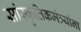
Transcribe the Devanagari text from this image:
सांस्कृतिकमंत्र्यांना